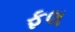
ફલ